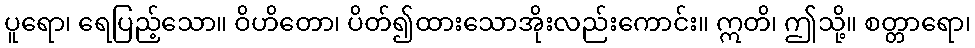
ပူရော၊ ရေပြည့်သော။ ဝိဟိတော၊ ပိတ်၍ထားသောအိုးလည်းကောင်း။ ဣတိ၊ ဤသို့။ စတ္တာရော၊